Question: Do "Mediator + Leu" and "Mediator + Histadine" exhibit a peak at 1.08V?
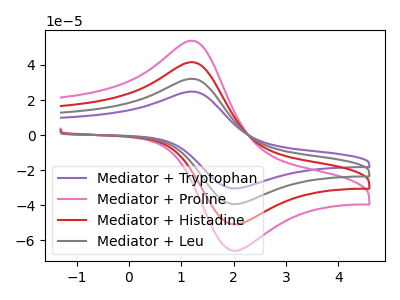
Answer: <think>The purple curve "Mediator + Tryptophan" has an anodic peak at (1.30V, 123.70uA) and a cathodic peak at (2.05V, -152.70uA). The pink curve "Mediator + Proline" has an anodic peak at (1.30V, 53.35uA) and a cathodic peak at (2.05V, -65.90uA). The red curve "Mediator + Histadine" has an anodic peak at (1.30V, 41.25uA) and a cathodic peak at (2.05V, -50.90uA). The gray curve "Mediator + Leu" has an anodic peak at (1.30V, 82.45uA) and a cathodic peak at (2.05V, -101.80uA).</think>
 <answer>No, "Mediator + Leu" and "Mediator + Histadine" dont share a peak at 1.08V.</answer>
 <eval>mismatch</eval>